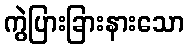
ကွဲပြားခြားနားသော